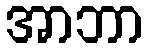
အာဘာ